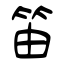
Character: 笛